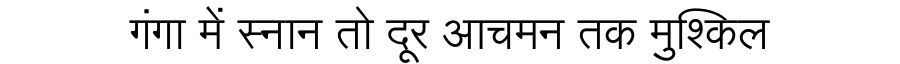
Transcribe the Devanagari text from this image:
गंगा में स्नान तो दूर आचमन तक मुश्किल